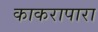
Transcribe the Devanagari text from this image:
काकरापारा